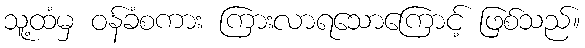
သူ့ထံမှ ဝန်ခံစကား ကြားလာရသောကြောင့် ဖြစ်သည်။